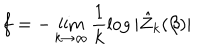
LaTeX: f = - \lim _ { k \rightarrow \infty } \frac { 1 } { k } \log | \hat { Z } _ { k } ( \beta ) |